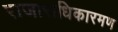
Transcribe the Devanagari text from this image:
राजाराधिकारमण